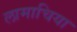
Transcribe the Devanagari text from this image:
लामाचिया